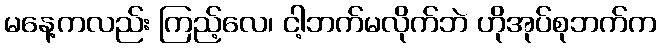
မနေ့ကလည်း ကြည့်လေ၊ ငါ့ဘက်မလိုက်ဘဲ ဟိုအုပ်စုဘက်က